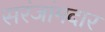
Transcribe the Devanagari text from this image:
सरंजांमदार